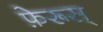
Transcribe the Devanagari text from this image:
फ़ेरूस्